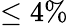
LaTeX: \leq 4\%